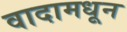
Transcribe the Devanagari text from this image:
वादामधून